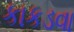
કાકડવા